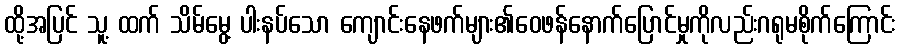
ထို့အပြင် သူ့ ထက် သိမ်မွေ့ ပါးနပ်သော ကျောင်းနေဖက်များ၏ဝေဖန်နောက်ပြောင်မှုကိုလည်းဂရုမစိုက်ကြောင်း